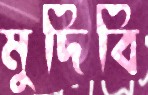
মুদিবি